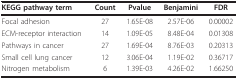
| KEGG pathway term | Count | Pvalue | Benjamini | FDR |
 | --- | --- | --- | --- | --- |
 | Focal adhesion | 27 | 1.65E-08 | 2.57E-06 | 0.00002 |
 | ECM-receptor interaction | 14 | 1.09E-05 | 8.48E-04 | 0.01308 |
 | Pathways in cancer | 27 | 1.69E-04 | 8.76E-03 | 0.20313 |
 | Small cell lung cancer | 12 | 3.06E-04 | 1.19E-02 | 0.36717 |
 | Nitrogen metabolism | 6 | 1.39E-03 | 4.26E-02 | 1.66250 |